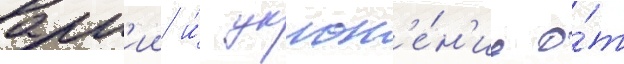
арм'ии и́ уклон'е́н'ие о́т